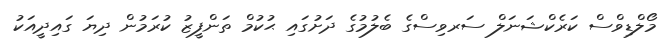
މޯލްޑިވްސް ކަރެކްޝަނަލް ސަރވިސްގެ ބެލުމުގެ ދަށުގައި ޙުކުމް ތަންފީޒު ކުރަމުން ދިޔަ ގައިދީއަކު